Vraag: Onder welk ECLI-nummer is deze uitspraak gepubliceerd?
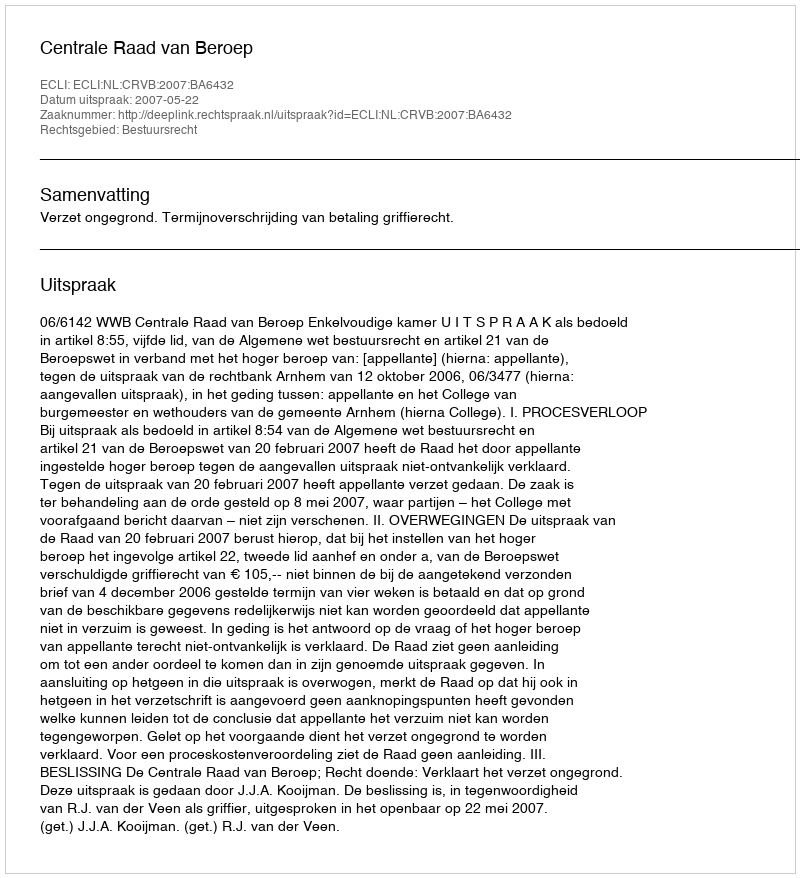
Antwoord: ECLI:NL:CRVB:2007:BA6432